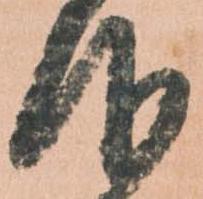
仰